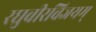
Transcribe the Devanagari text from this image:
रघुवीरविजयम्